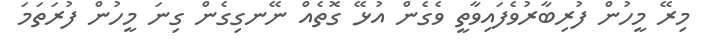
މިރޭ މީހުން ފުރިބާރުވެފައިވާތީ ވެގެން އުޅޭ ގޮތެއް ނޭނގިގެން ގިނަ މީހުން ފުރަތަމަ